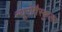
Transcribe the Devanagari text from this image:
न्यूरोवैस्कुलर